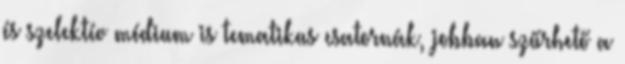
és szelektív médium is tematikus csatornák, jobban szűrhető a